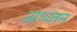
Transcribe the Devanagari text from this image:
अध्य्तन